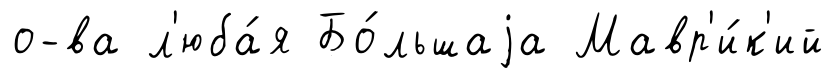
о-ва л'юба́я Бо́льшаjа Мавр'и́к'ий